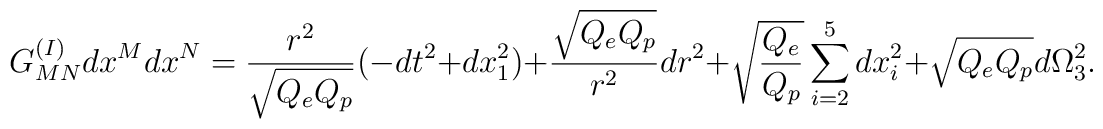
G^{(I)}_{MN}dx^Mdx^N={{r^2}\over{\sqrt{Q_eQ_p}}}(-dt^2+dx^2_1)+{{\sqrt{Q_eQ_p}}\over{r^2}}dr^2+\sqrt{{Q_e}\over{Q_p}} \sum_{i=2}^5 dx^2_i+\sqrt{Q_eQ_p}d\Omega^2_3.